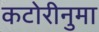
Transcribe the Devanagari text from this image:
कटोरीनुमा